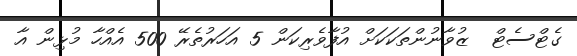
ގެޓްސެޓް  ޒުވާނުންތަކަކަށް އުފާވެރިކަން 5 އަހަރުތެރޭ 500 އެއްހާ މުޅިން އާ